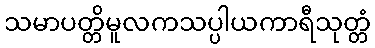
သမာပတ္တိမူလကသပ္ပါယကာရီသုတ္တံ